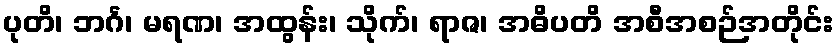
ပုတိ၊ ဘင်္ဂ၊ မရဏ၊ အထွန်း၊ သိုက်၊ ရာဇ၊ အဓိပတိ အစီအစဉ်အတိုင်း